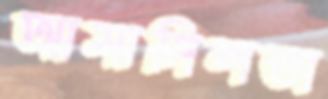
আসামিলতা